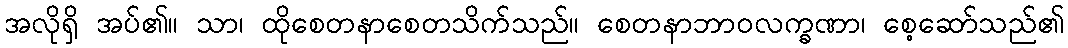
အလိုရှိ အပ်၏။ သာ၊ ထိုစေတနာစေတသိက်သည်။ စေတနာဘာဝလက္ခဏာ၊ စေ့ဆော်သည်၏